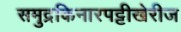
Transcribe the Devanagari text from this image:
समुद्रकिनारपट्टीखेरीज